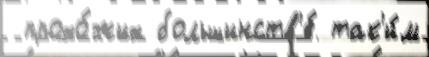
 прохо́жих большинств'е́ так'и́м